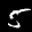
Label: 5